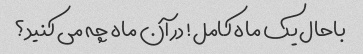
باحال یک ماه کامل! در آن ماه چه می کنید؟